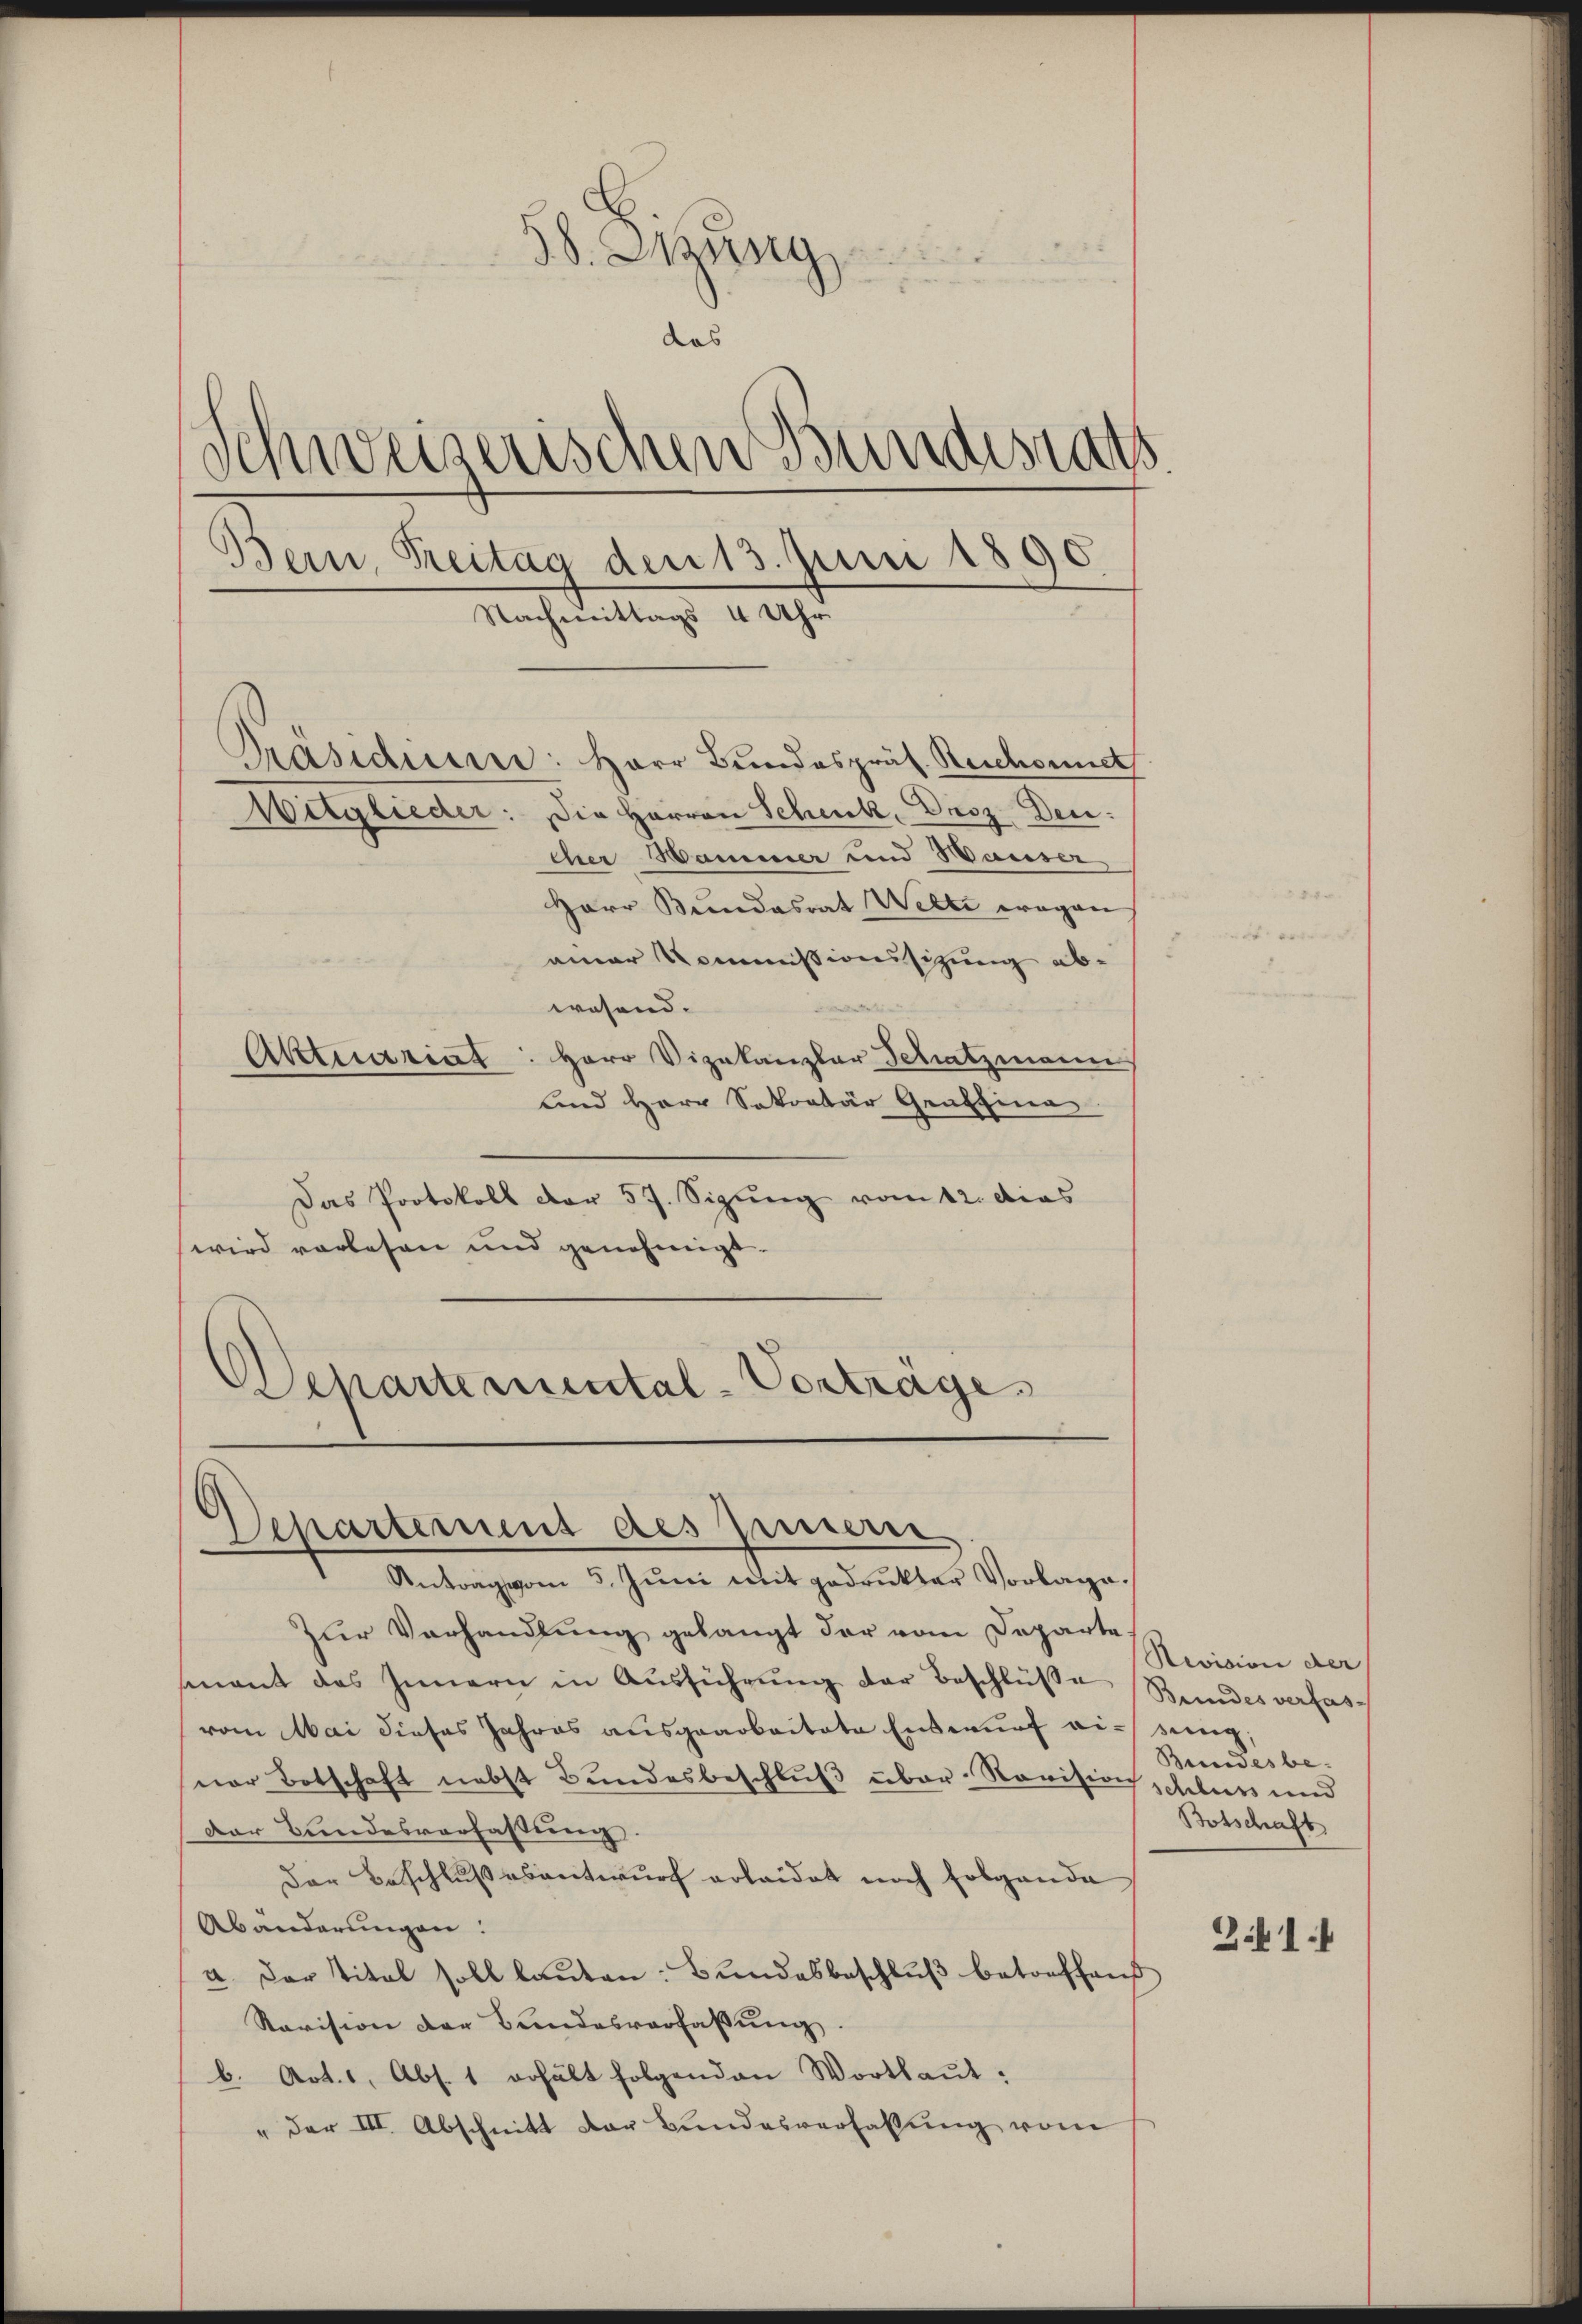
38. Skung
das
Schweizerischen Bundesrats.
s
Bern, Reitag den 13. Juni 1890.
Nachmittags 4 Uhr

Präsidium: Herr Bundespräs. Reschonnet
Witglieder: Die Herren Schenk, Droz. Den
cher Hammer und Hauser
Herr Bundesrat Welti wegen
einer Kommissionssitzung abwesend.
Herr Vizekanzlar Schatzmann
und Herr Sekretär Graffina
Das Protokoll der 57. Sizung vom 12. dies
wird vorlesen und genehmigt.
Departemental-Vortrage

Aktuariat

Departemens des peinerer
Antrag vom 5. Juni mit gedrukter Vorlage.

Zur Verhandlung gelangt der vom Departesenant das Innern in Aŭsführŭng der Beschlüße Bundesverfas-
vom Mai dieses Jahres ausgearbeitete Entwurf ein sing
ner Botschaft nebst Bundesbeschluß über Revision schluss und
Der Bundesverfassung.
Der Beschlußesentwurf erleidet noch folgende
Abänderungen:
a. Der Titel soll laŭten: Bŭndesbeschlŭβ betreffens
Ravision der Bundesverfassung.
b. Art. 1, Abs. 1 erhält folgenden Wortlaut:
" der III. Abschnitt der Bundesverhaltung vom

Revision der
Bundesbe¬
Botschaft
21.4